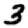
Digit: 3